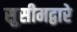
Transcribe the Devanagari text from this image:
सुसीमद्वारे